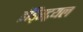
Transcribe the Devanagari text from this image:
इंड्स्ट्रियल